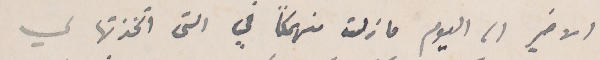
الأخير اما اليوم ما زلت منهكًا في التي اتخذتها لي